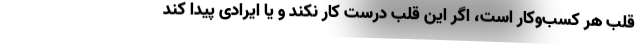
قلب هر کسب‌وکار است، اگر این قلب درست کار نکند و یا ایرادی پیدا کند